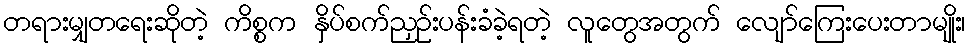
တရားမျှတရေးဆိုတဲ့ ကိစ္စက နှိပ်စက်ညှဉ်းပန်းခံခဲ့ရတဲ့ လူတွေအတွက် လျော်ကြေးပေးတာမျိုး၊